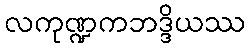
လကုဏ္ဍကဘဒ္ဒိယဿ